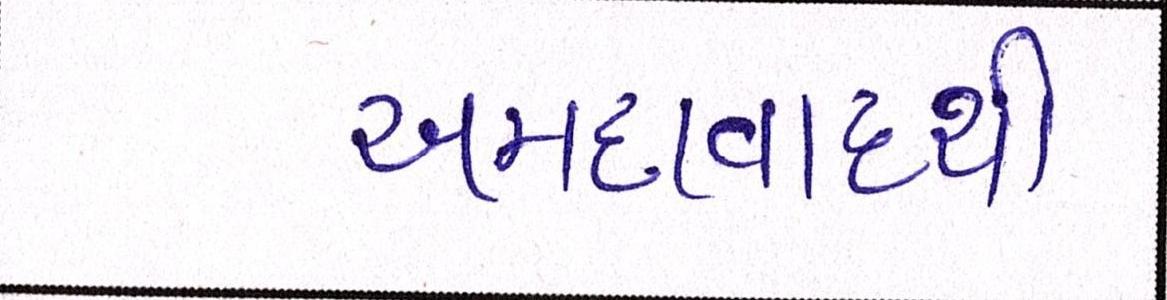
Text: અમદાવાદથી